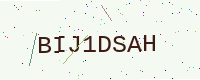
Text: BIJ1DSAH